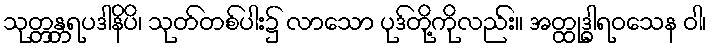
သုတ္တန္တရပဒါနိပိ၊ သုတ်တစ်ပါး၌ လာသော ပုဒ်တို့ကိုလည်း။ အတ္ထုဒ္ဓါရဝသေန ဝါ၊